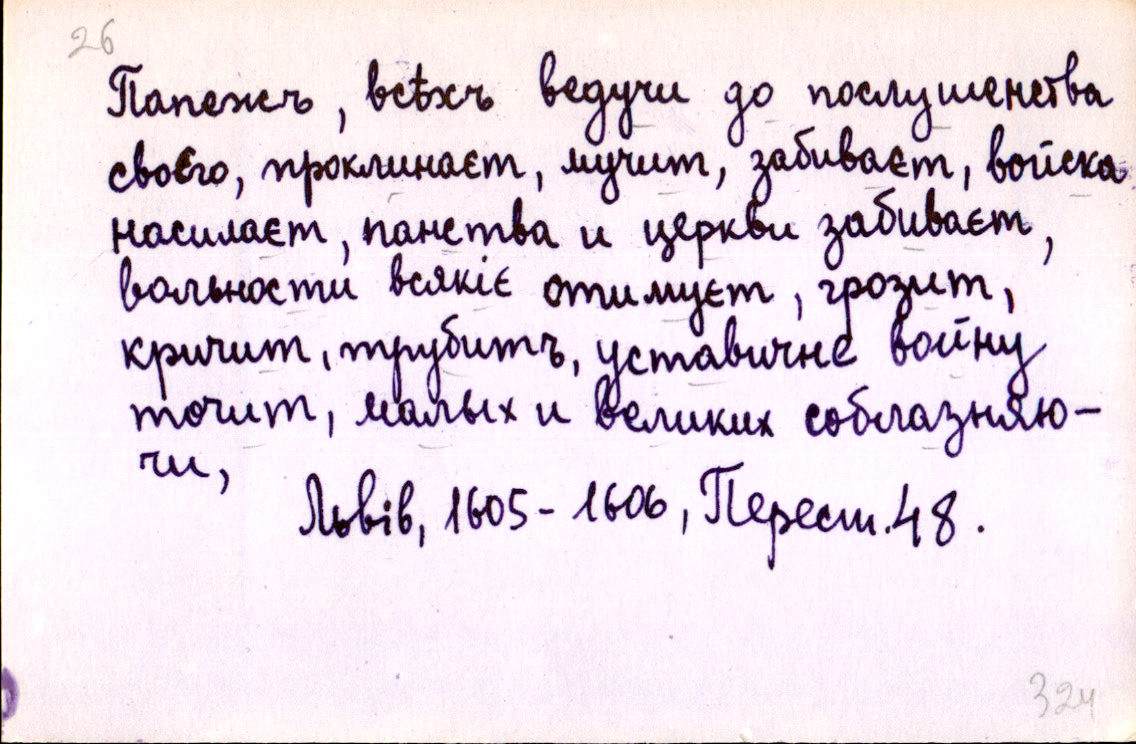
Папежъ, всѣхъ ведучи до послушенства
своєго, проклинаєт, мучит, забиваєт, войска
насилаєт, панства и церкви забиваєт,
вольности всякіє отимуєт, грозит,
кричит, трубитъ, уставичне войну
точит, малых и великих соблазняю-
чи,
Львів, 1605-1606, Перест. 48.